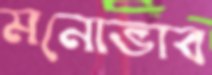
মনোভাব